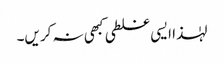
لہٰذا ایسی غلطی کبھی نہ کریں۔